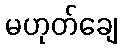
မဟုတ်ချေ